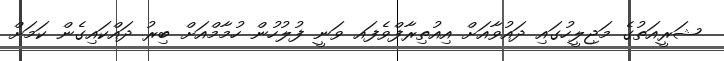
ޝަރީއަތުގެ މަޖިލީހުގައި ދައުވާއަށް އިއުތިރާފްވެފައ ވަނީ ފުލުހުން ހުމާމްއަށް ބިރު ދައްކައިގެން ކަމަށް